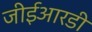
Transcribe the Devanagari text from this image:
जीईआरडी